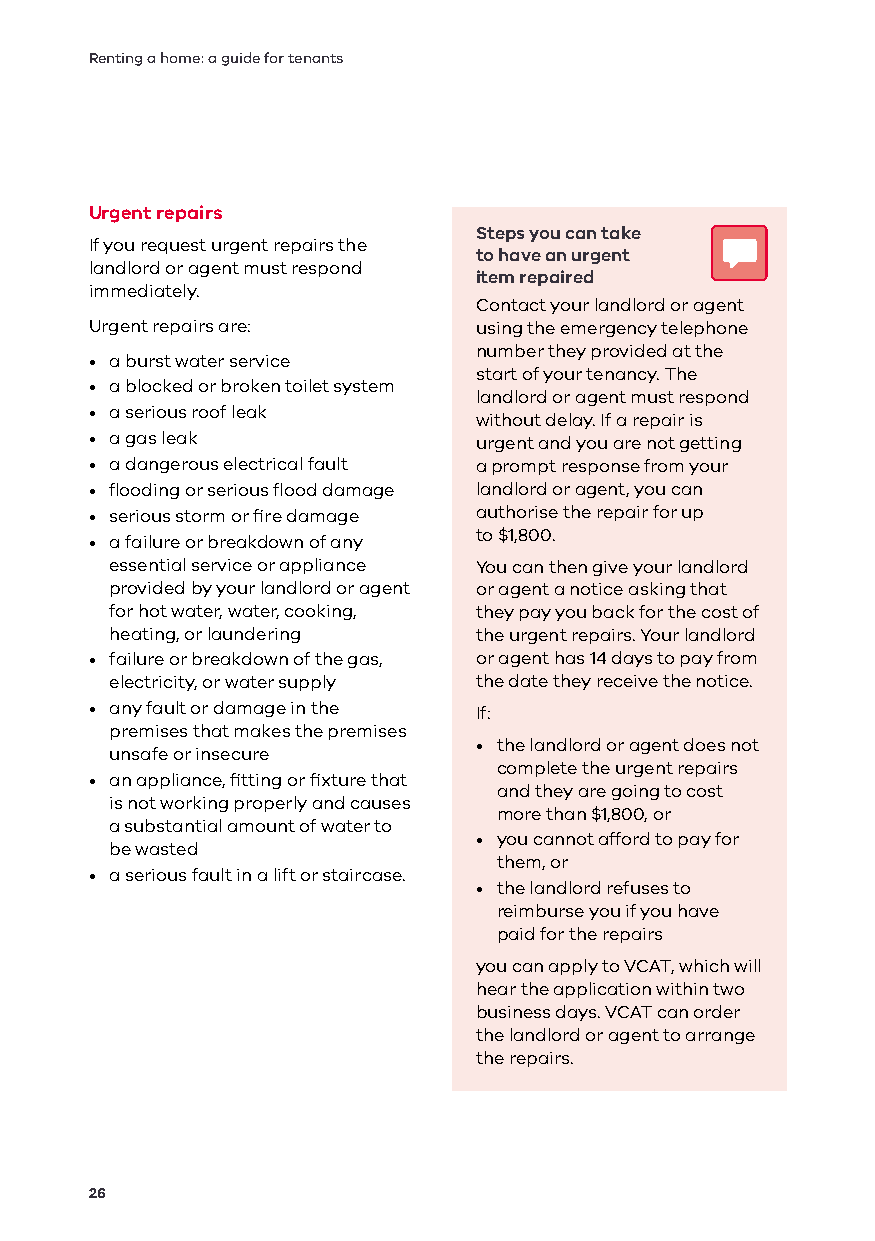
Renting a home: a guide for tenants
 Urgent repairs
 Steps you can take
 If you request urgent repairs the
 to have an urgent
 landlord or agent must respond
 item repaired
 immediately.
 Contact your landlord or agent
 Urgent repairs are:      using the emergency telephone
 number they provided at the
 • a burst water service
 start of your tenancy. The
 • a blocked or broken toilet system
 landlord or agent must respond
 • a serious roof leak
 without delay. If a repair is
 • a gas leak             urgent and you are not getting
 • a dangerous electrical fault a prompt response from your
 • flooding or serious flood damage landlord or agent, you can
 • serious storm or fire damage authorise the repair for up
 to $1,800.
 • a failure or breakdown of any
 essential service or appliance You can then give your landlord
 provided by your landlord or agent or agent a notice asking that
 for hot water, water, cooking, they pay you back for the cost of
 heating, or laundering  the urgent repairs. Your landlord
 • failure or breakdown of the gas, or agent has 14 days to pay from
 electricity, or water supply the date they receive the notice.
 • any fault or damage in the If:
 premises that makes the premises
 • the landlord or agent does not
 unsafe or insecure
 complete the urgent repairs
 • an appliance, fitting or fixture that
 and they are going to cost
 is not working properly and causes
 more than $1,800, or
 a substantial amount of water to
 • you cannot afford to pay for
 be wasted
 them, or
 • a serious fault in a lift or staircase.
 • the landlord refuses to
 reimburse you if you have
 paid for the repairs
 you can apply to VCAT, which will
 hear the application within two
 business days. VCAT can order
 the landlord or agent to arrange
 the repairs.
 26